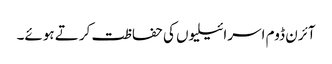
آئرن ڈوم اسرائیلیوں کی حفاظت کرتے ہوئے۔